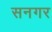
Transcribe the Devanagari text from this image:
सनगर